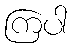
ကြပါ